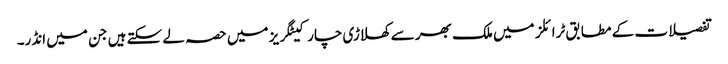
تفصیلات کے مطابق ٹرائلز میں ملک بھر سے کھلاڑی چار کیٹگریز میں حصہ لے سکتے ہیں جن میں انڈر۔